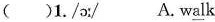
( )1./ɔ:/ A. w\underline{al}k